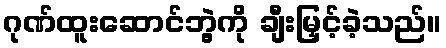
ဂုဏ်ထူးဆောင်ဘွဲ့ကို ချီးမြှင့်ခဲ့သည်။